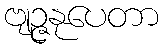
ဗျဉ္ဇနုပေတာ